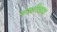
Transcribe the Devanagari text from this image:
नक्शीकाम